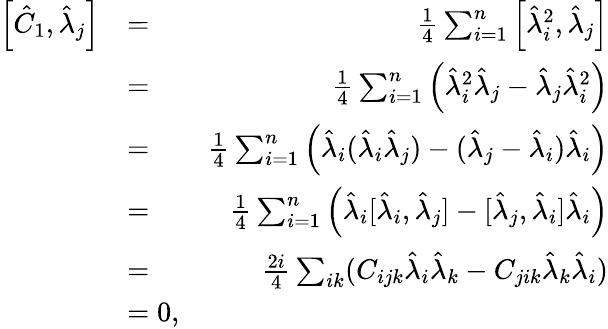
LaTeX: \begin{array}{rlr}{\left[\hat{C}_{1},\hat{\lambda}_{j}\right]}&{=}&{\frac{1}{4}\sum_{i=1}^{n}\left[\hat{\lambda}_{i}^{2},\hat{\lambda}_{j}\right]}\\ &{=}&{\frac{1}{4}\sum_{i=1}^{n}\left(\hat{\lambda}_{i}^{2}\hat{\lambda}_{j}-\hat{\lambda}_{j}\hat{\lambda}_{i}^{2}\right)}\\ &{=}&{\frac{1}{4}\sum_{i=1}^{n}\left(\hat{\lambda}_{i}(\hat{\lambda}_{i}\hat{\lambda}_{j})-(\hat{\lambda}_{j}-\hat{\lambda}_{i})\hat{\lambda}_{i}\right)}\\ &{=}&{\frac{1}{4}\sum_{i=1}^{n}\left(\hat{\lambda}_{i}[\hat{\lambda}_{i},\hat{\lambda}_{j}]-[\hat{\lambda}_{j},\hat{\lambda}_{i}]\hat{\lambda}_{i}\right)}\\ &{=}&{\frac{2i}{4}\sum_{ik}(C_{ijk}\hat{\lambda}_{i}\hat{\lambda}_{k}-C_{jik}\hat{\lambda}_{k}\hat{\lambda}_{i})}\\ &{=0,}\end{array}